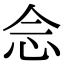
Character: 𫝹